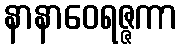
နာနာဝေရဇ္ဇကာ